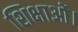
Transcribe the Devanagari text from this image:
शिक्षाओं।